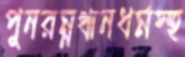
পুনরম্নত্থানধর্মস্হ